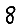
Digit: 8